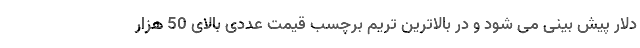
دلار پیش بینی می شود و در بالاترین تریم برچسب قیمت عددی بالای 50 هزار